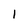
Character: 1